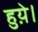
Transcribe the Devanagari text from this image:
हुय़े।